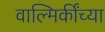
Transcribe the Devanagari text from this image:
वाल्मिकींच्या